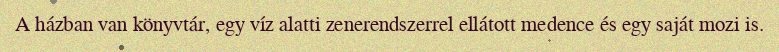
A házban van könyvtár, egy víz alatti zenerendszerrel ellátott medence és egy saját mozi is.